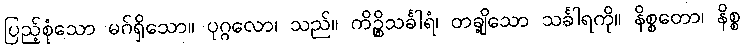
ပြည့်စုံသော မဂ်ရှိသော။ ပုဂ္ဂလော၊ သည်။ ကိဉ္စိသင်္ခါရံ၊ တချို့သော သင်္ခါရကို။ နိစ္စတော၊ နိစ္စ